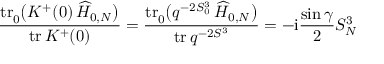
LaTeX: \frac { \mathrm { t r } { \vphantom | } _ { 0 } \bigl ( { \cal K } ^ { + } ( 0 ) \, \widehat { H } _ { 0 , N } \bigr ) } { \mathrm { t r } \, { \cal K } ^ { + } ( 0 ) } = \frac { \mathrm { t r } { \vphantom | } _ { 0 } \bigl ( q ^ { - 2 S _ { 0 } ^ { 3 } } \, \widehat { H } _ { 0 , N } \bigr ) } { \mathrm { t r } \, q ^ { - 2 S ^ { 3 } } } = - \mathrm { i } \frac { \sin \gamma } { 2 } S _ { N } ^ { 3 }